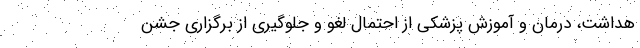
هداشت، درمان و آموزش پزشکی از احتمال لغو و جلوگیری از برگزاری جشن